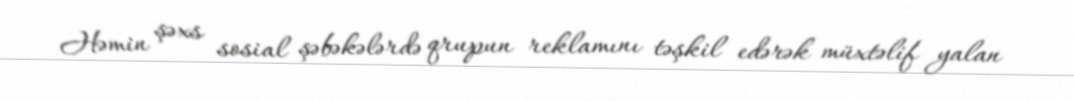
Həmin şəxs sosial şəbəkələrdə qrupun reklamını təşkil edərək müxtəlif yalan